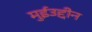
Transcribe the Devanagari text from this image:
मुईउद्दीन